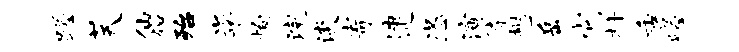
蹉芙仙俗殆粢恂浣淡寄逮恣演待憩岳它朴秀嵯